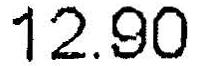
12.90